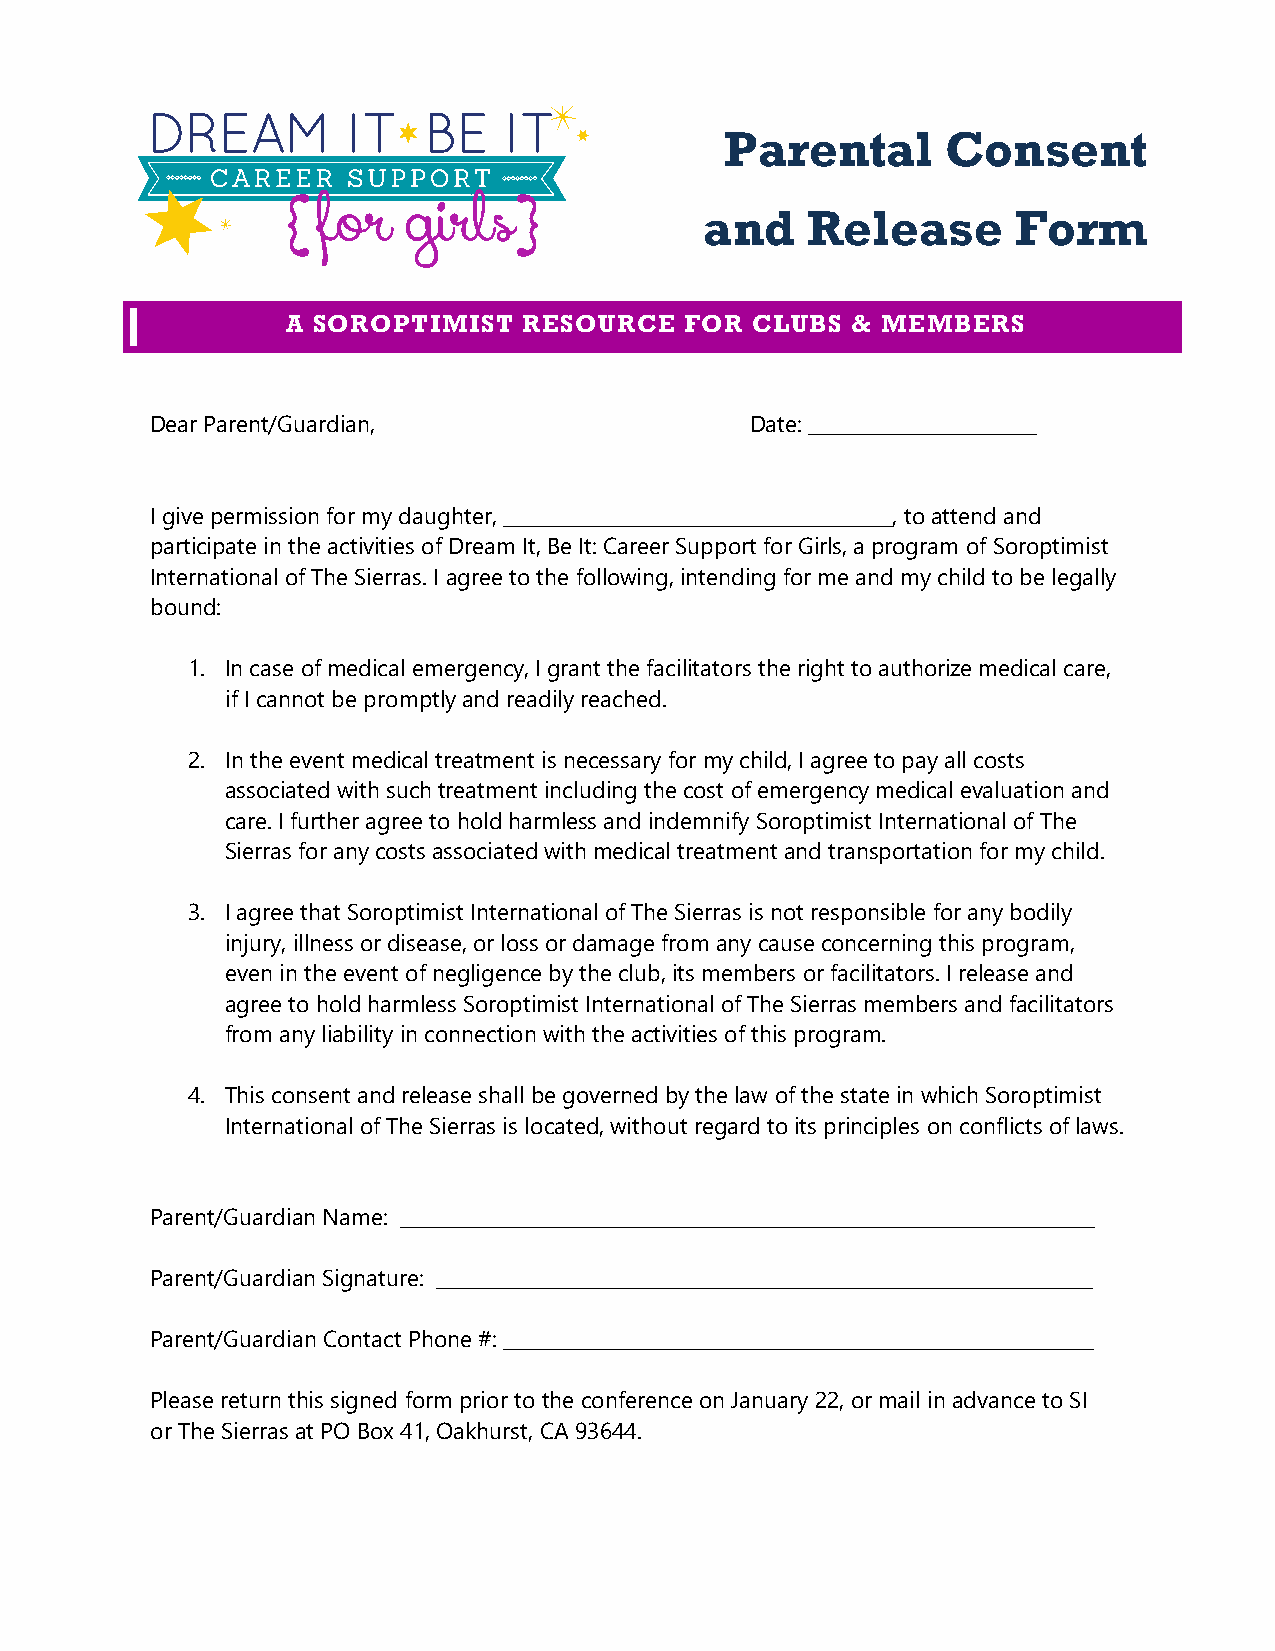
Parental       Consent
 and   Release       Form
 A SOROPTIMIST   RESOURCE  FOR  CLUBS & MEMBERS
 Dear Parent/Guardian,                   Date: ________________________
 I give permission for my daughter, _________________________________________, to attend and
 participate in the activities of Dream It, Be It: Career Support for Girls, a program of Soroptimist
 International of The Sierras. I agree to the following, intending for me and my child to be legally
 bound:
 1. In case of medical emergency, I grant the facilitators the right to authorize medical care,
 if I cannot be promptly and readily reached.
 2. In the event medical treatment is necessary for my child, I agree to pay all costs
 associated with such treatment including the cost of emergency medical evaluation and
 care. I further agree to hold harmless and indemnify Soroptimist International of The
 Sierras for any costs associated with medical treatment and transportation for my child.
 3. I agree that Soroptimist International of The Sierras is not responsible for any bodily
 injury, illness or disease, or loss or damage from any cause concerning this program,
 even in the event of negligence by the club, its members or facilitators. I release and
 agree to hold harmless Soroptimist International of The Sierras members and facilitators
 from any liability in connection with the activities of this program.
 4. This consent and release shall be governed by the law of the state in which Soroptimist
 International of The Sierras is located, without regard to its principles on conflicts of laws.
 Parent/Guardian Name: _________________________________________________________________________
 Parent/Guardian Signature: _____________________________________________________________________
 Parent/Guardian Contact Phone #: ______________________________________________________________
 Please return this signed form prior to the conference on January 22, or mail in advance to SI
 or The Sierras at PO Box 41, Oakhurst, CA 93644.